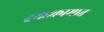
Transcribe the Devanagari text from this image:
दगडकामात